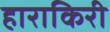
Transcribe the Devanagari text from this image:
हाराकिरी